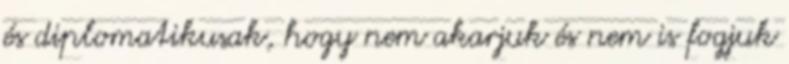
és diplomatikusak, hogy nem akarjuk és nem is fogjuk